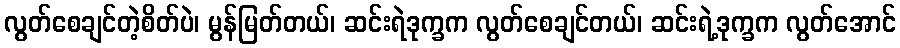
လွတ်စေချင်တဲ့စိတ်ပဲ၊ မွန်မြတ်တယ်၊ ဆင်းရဲဒုက္ခက လွတ်စေချင်တယ်၊ ဆင်းရဲ့ဒုက္ခက လွတ်အောင်